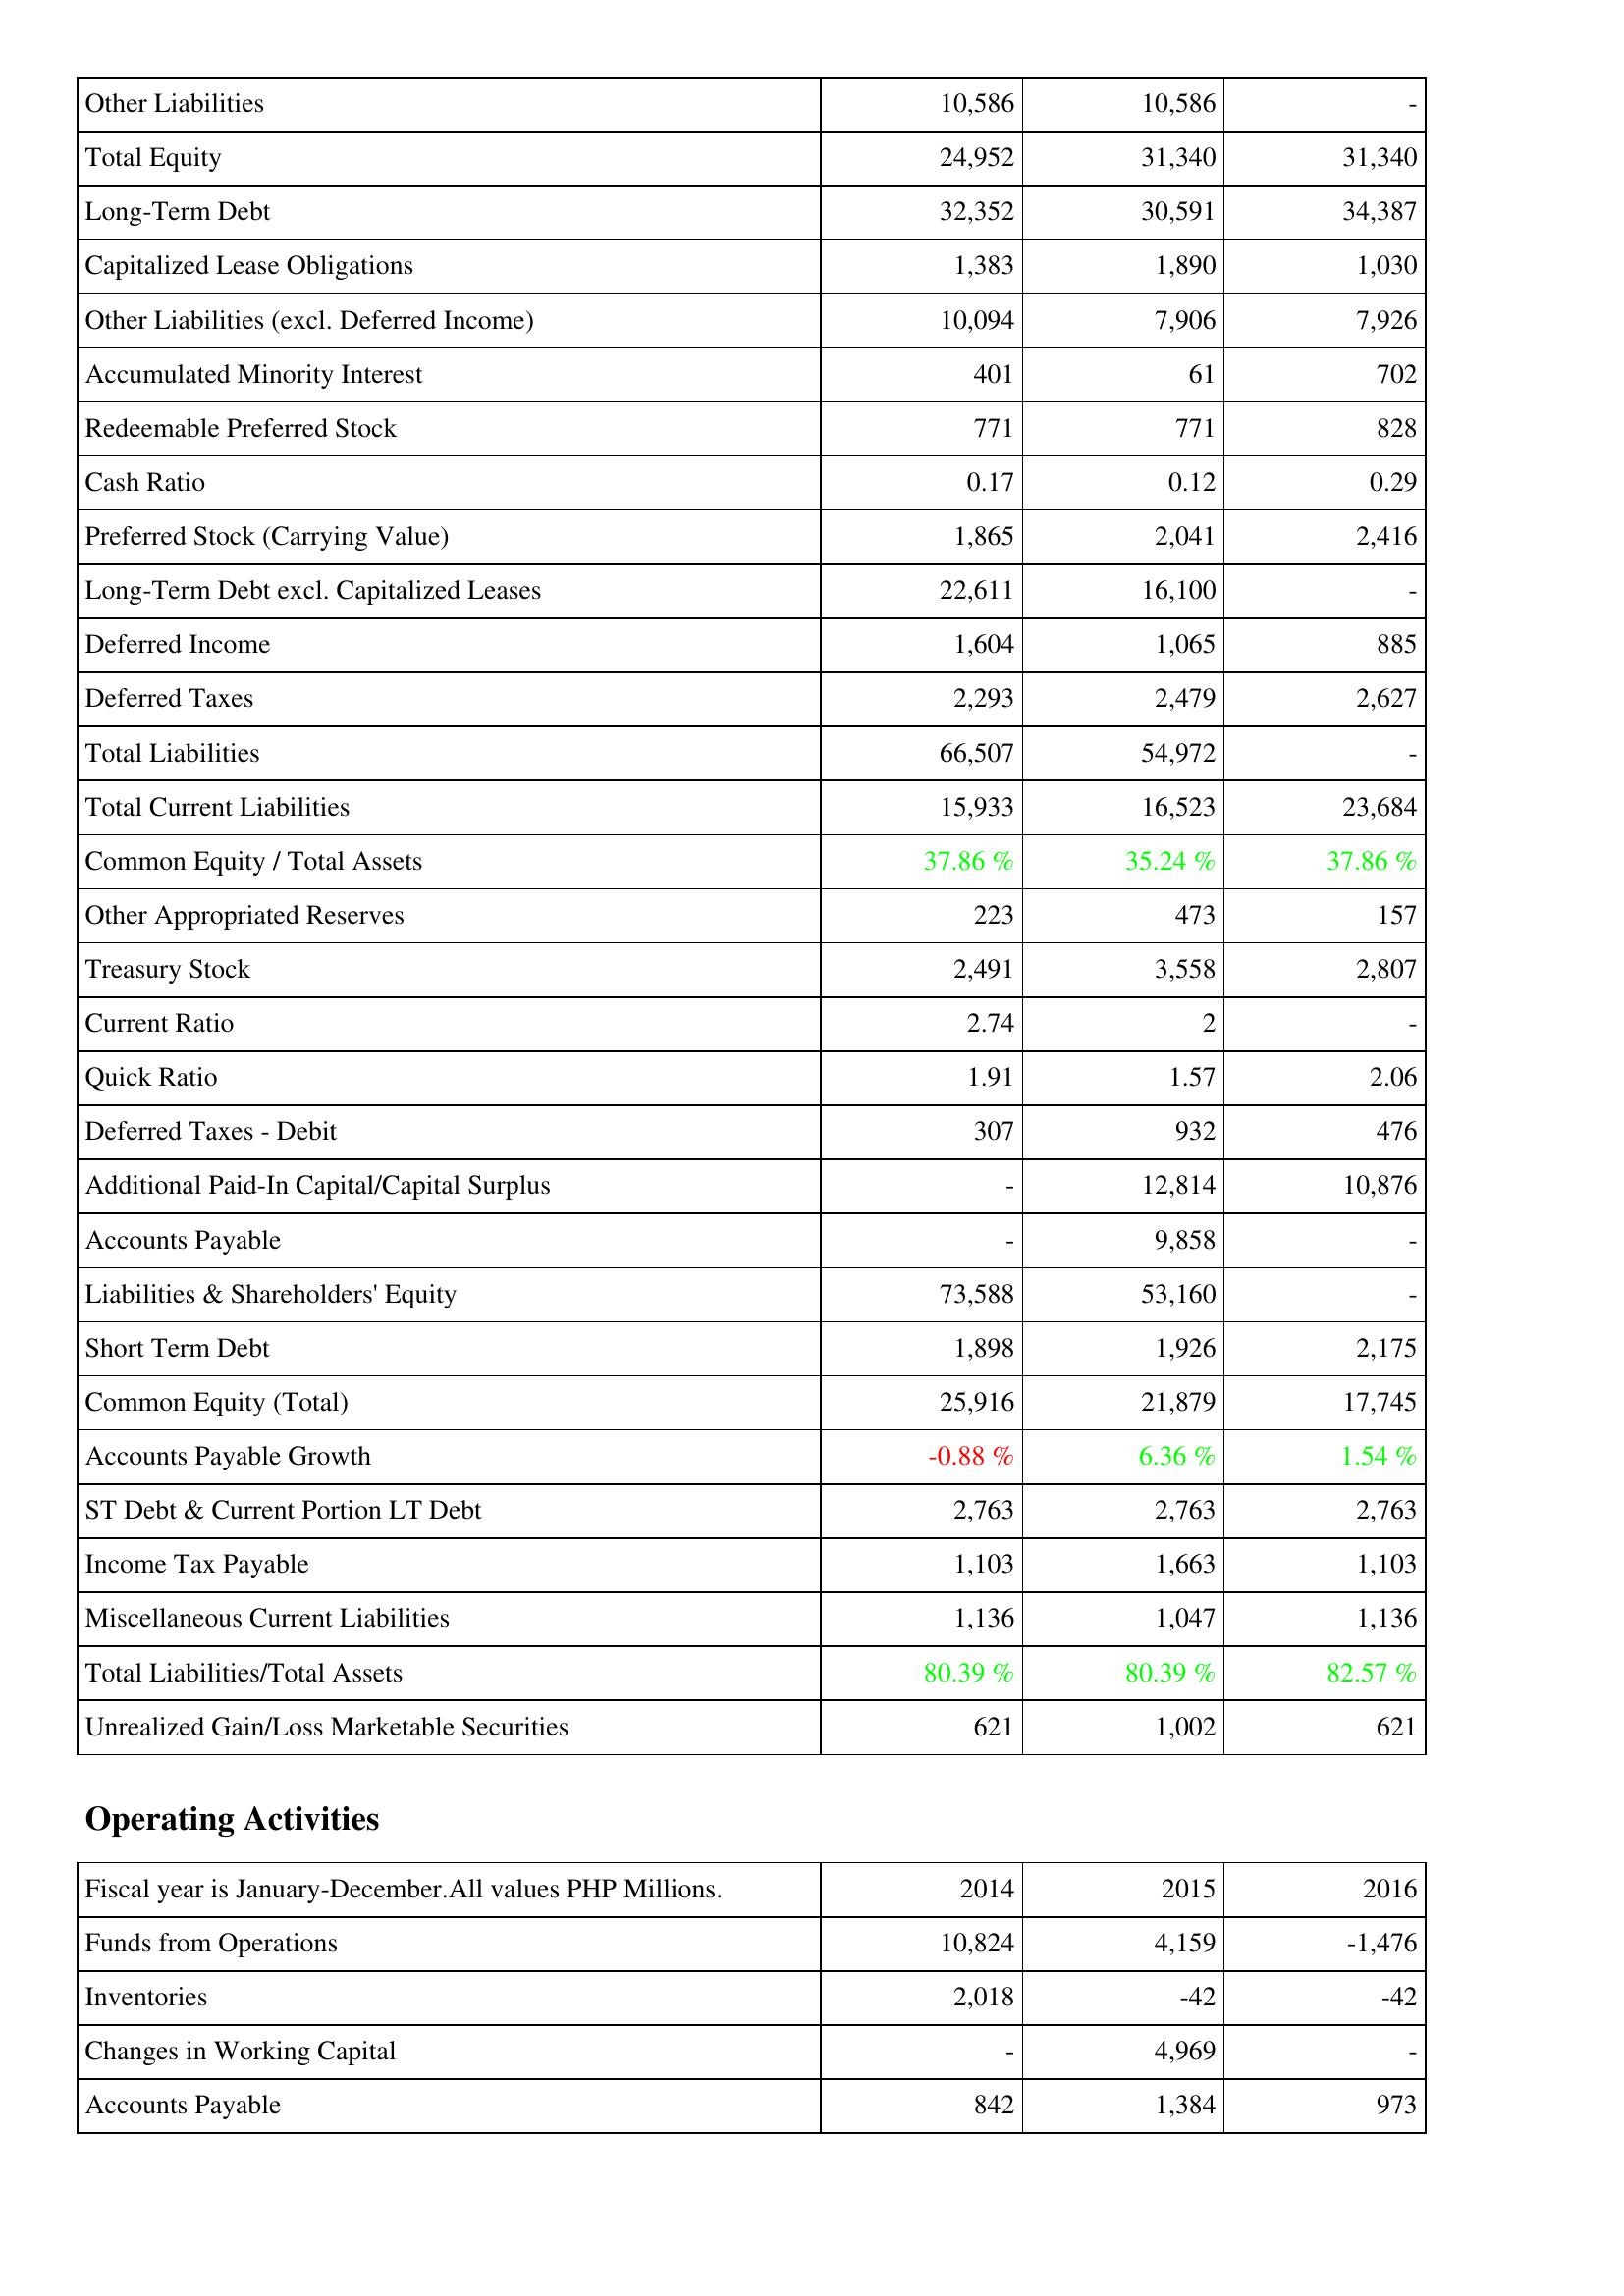
2014: Liabilities & Shareholders' Equity: Other Liabilities: 10,586
Total Equity: 24,952
Long-Term Debt: 32,352
Capitalized Lease Obligations: 1,383
Other Liabilities (excl. Deferred Income): 10,094
Accumulated Minority Interest: 401
Redeemable Preferred Stock: 771
Cash Ratio: 0.17
Preferred Stock (Carrying Value): 1,865
Long-Term Debt excl. Capitalized Leases: 22,611
Deferred Income: 1,604
Deferred Taxes: 2,293
Total Liabilities: 66,507
Total Current Liabilities: 15,933
Common Equity / Total Assets: 37.86 %
Other Appropriated Reserves: 223
Treasury Stock: 2,491
Current Ratio: 2.74
Quick Ratio: 1.91
Deferred Taxes - Debit: 307
Additional Paid-In Capital/Capital Surplus: -
Accounts Payable: -
Liabilities & Shareholders' Equity: 73,588
Short Term Debt: 1,898
Common Equity (Total): 25,916
Accounts Payable Growth: -0.88 %
ST Debt & Current Portion LT Debt: 2,763
Income Tax Payable: 1,103
Miscellaneous Current Liabilities: 1,136
Total Liabilities/Total Assets: 80.39 %
Unrealized Gain/Loss Marketable Securities: 621
Operating Activities: Funds from Operations: 10,824
Inventories: 2,018
Changes in Working Capital: -
Accounts Payable: 842
2015: Liabilities & Shareholders' Equity: Other Liabilities: 10,586
Total Equity: 31,340
Long-Term Debt: 30,591
Capitalized Lease Obligations: 1,890
Other Liabilities (excl. Deferred Income): 7,906
Accumulated Minority Interest: 61
Redeemable Preferred Stock: 771
Cash Ratio: 0.12
Preferred Stock (Carrying Value): 2,041
Long-Term Debt excl. Capitalized Leases: 16,100
Deferred Income: 1,065
Deferred Taxes: 2,479
Total Liabilities: 54,972
Total Current Liabilities: 16,523
Common Equity / Total Assets: 35.24 %
Other Appropriated Reserves: 473
Treasury Stock: 3,558
Current Ratio: 2
Quick Ratio: 1.57
Deferred Taxes - Debit: 932
Additional Paid-In Capital/Capital Surplus: 12,814
Accounts Payable: 9,858
Liabilities & Shareholders' Equity: 53,160
Short Term Debt: 1,926
Common Equity (Total): 21,879
Accounts Payable Growth: 6.36 %
ST Debt & Current Portion LT Debt: 2,763
Income Tax Payable: 1,663
Miscellaneous Current Liabilities: 1,047
Total Liabilities/Total Assets: 80.39 %
Unrealized Gain/Loss Marketable Securities: 1,002
Operating Activities: Funds from Operations: 4,159
Inventories: -42
Changes in Working Capital: 4,969
Accounts Payable: 1,384
2016: Liabilities & Shareholders' Equity: Other Liabilities: -
Total Equity: 31,340
Long-Term Debt: 34,387
Capitalized Lease Obligations: 1,030
Other Liabilities (excl. Deferred Income): 7,926
Accumulated Minority Interest: 702
Redeemable Preferred Stock: 828
Cash Ratio: 0.29
Preferred Stock (Carrying Value): 2,416
Long-Term Debt excl. Capitalized Leases: -
Deferred Income: 885
Deferred Taxes: 2,627
Total Liabilities: -
Total Current Liabilities: 23,684
Common Equity / Total Assets: 37.86 %
Other Appropriated Reserves: 157
Treasury Stock: 2,807
Current Ratio: -
Quick Ratio: 2.06
Deferred Taxes - Debit: 476
Additional Paid-In Capital/Capital Surplus: 10,876
Accounts Payable: -
Liabilities & Shareholders' Equity: -
Short Term Debt: 2,175
Common Equity (Total): 17,745
Accounts Payable Growth: 1.54 %
ST Debt & Current Portion LT Debt: 2,763
Income Tax Payable: 1,103
Miscellaneous Current Liabilities: 1,136
Total Liabilities/Total Assets: 82.57 %
Unrealized Gain/Loss Marketable Securities: 621
Operating Activities: Funds from Operations: -1,476
Inventories: -42
Changes in Working Capital: -
Accounts Payable: 973